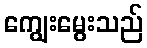
ကျွေးမွေးသည်